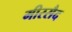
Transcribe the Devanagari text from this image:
मीरसैद